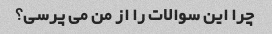
چرا این سوالات را از من می پرسی؟